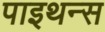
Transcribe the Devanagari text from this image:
पाइथन्स